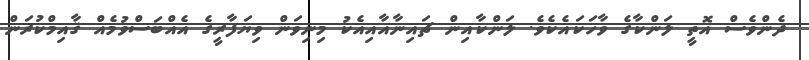
ދެންވެސް އޮތީ ލަންކާގެ ވާހަކައެކެވެ. ލަންކާއިން ޗައިނާއާއިއެކު މިނިވަން ވިޔަފާރީގެ އެއްބަސްވުމެއް ޤާއިމްކުރަން